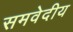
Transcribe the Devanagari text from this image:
समवेदीय